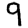
Digit: 9